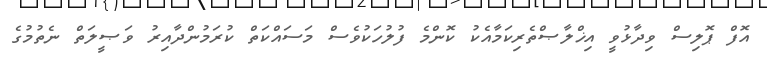
އޮފް ޕޮލިސް ވިދާޅުވީ އިޚްލާޞްތެރިކަމާއެކު ކޮންމެ ފުލުހަކުވެސް މަސައްކަތް ކުރަމުންދާއިރު ވަޞީލަތް ނެތުމުގެ